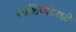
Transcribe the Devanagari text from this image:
स्वशिष्यांमध्ये